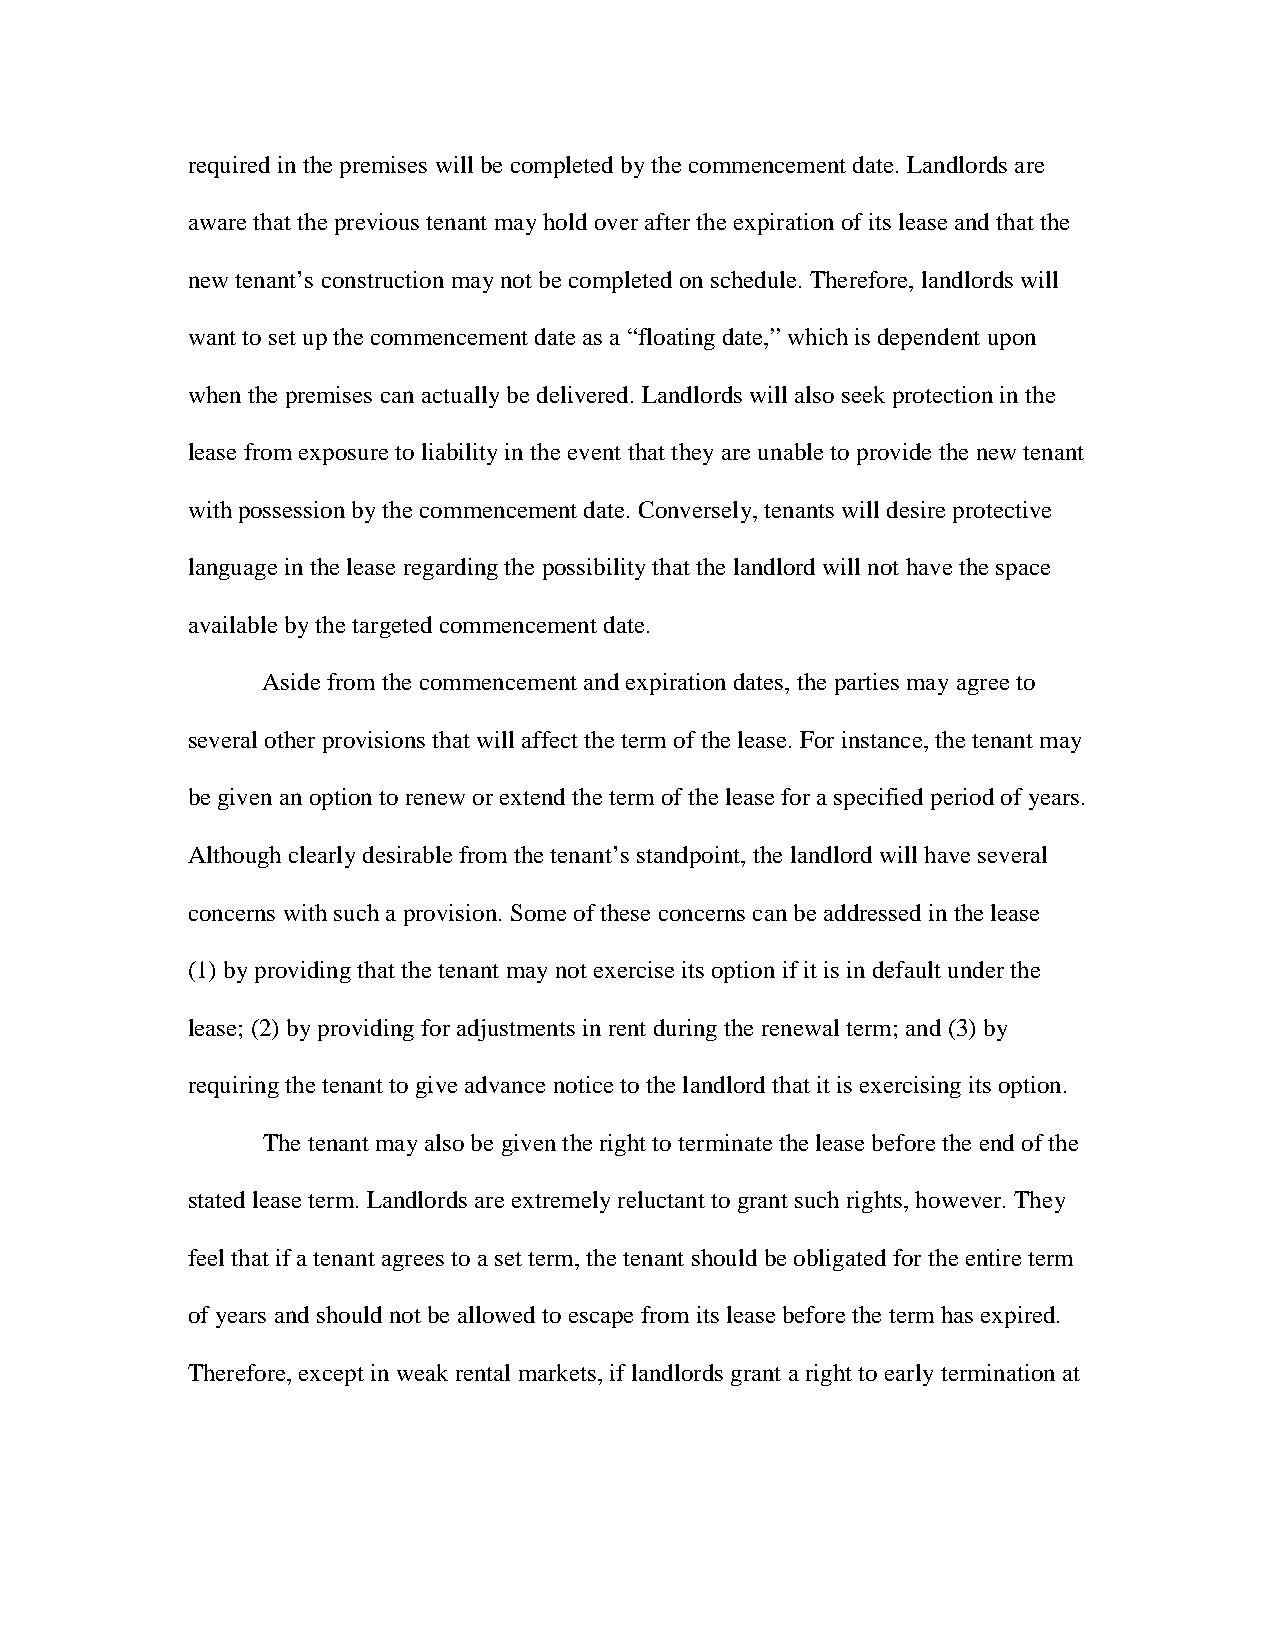
required in the premises will be completed by the commencement date. Landlords are
 aware that the previous tenant may hold over after the expiration of its lease and that the
 new tenant’s construction may not be completed on schedule. Therefore, landlords will
 want to set up the commencement date as a “floating date,” which is dependent upon
 when the premises can actually be delivered. Landlords will also seek protection in the
 lease from exposure to liability in the event that they are unable to provide the new tenant
 with possession by the commencement date. Conversely, tenants will desire protective
 language in the lease regarding the possibility that the landlord will not have the space
 available by the targeted commencement date.
 Aside from the commencement and expiration dates, the parties may agree to
 several other provisions that will affect the term of the lease. For instance, the tenant may
 be given an option to renew or extend the term of the lease for a specified period of years.
 Although clearly desirable from the tenant’s standpoint, the landlord will have several
 concerns with such a provision. Some of these concerns can be addressed in the lease
 (1) by providing that the tenant may not exercise its option if it is in default under the
 lease; (2) by providing for adjustments in rent during the renewal term; and (3) by
 requiring the tenant to give advance notice to the landlord that it is exercising its option.
 The tenant may also be given the right to terminate the lease before the end of the
 stated lease term. Landlords are extremely reluctant to grant such rights, however. They
 feel that if a tenant agrees to a set term, the tenant should be obligated for the entire term
 of years and should not be allowed to escape from its lease before the term has expired.
 Therefore, except in weak rental markets, if landlords grant a right to early termination at